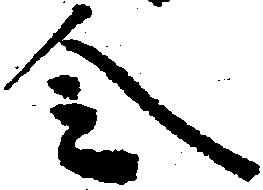
令